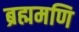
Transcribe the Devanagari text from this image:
ब्रह्ममणि